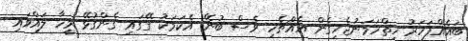
ބައެއްފަހަރު ހިތްހަމަނުޖެހިގެން އެއްޗެހި ވެސް ބުނޭ. އެކަމަކު ގޭގައި ގެންގުޅޭ މީހާ ލައްވައި